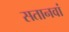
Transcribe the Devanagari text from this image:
सतानवां